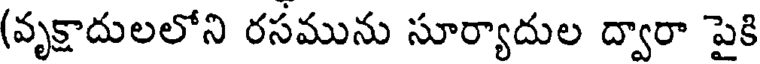
(వృక్షాదులలోని రసమును సూర్యాదుల ద్వారా పైకి